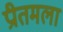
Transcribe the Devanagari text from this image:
प्रीतमला